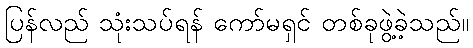
ပြန်လည် သုံးသပ်ရန် ကော်မရှင် တစ်ခုဖွဲ့ခဲ့သည်။